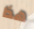
هذا